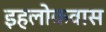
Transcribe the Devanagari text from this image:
इहलोकवास